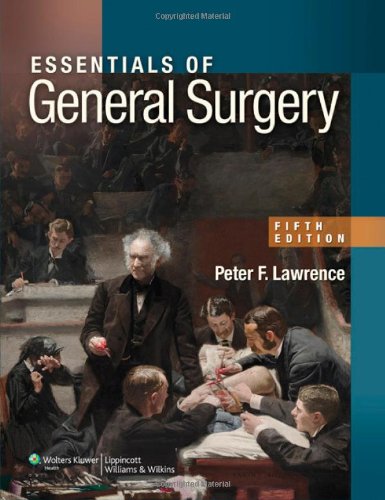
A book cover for Essentials of General Surgery; Peter F. Lawrence MD; Test Preparation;